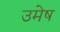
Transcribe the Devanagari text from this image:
उमेष